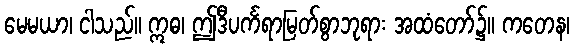
မေမယာ၊ ငါသည်။ ဣဓ၊ ဤဒီပင်္ကရာမြတ်စွာဘုရား အထံတော်၌။ ကတေန၊